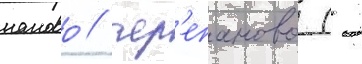
паново / чер'епаново (-